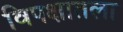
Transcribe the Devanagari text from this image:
विपक्षातला